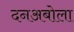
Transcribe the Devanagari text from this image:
दनअबोला